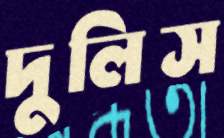
দুলিস